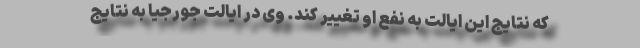
که نتایج این ایالت به نفع او تغییر کند. وی در ایالت جورجیا به نتایج